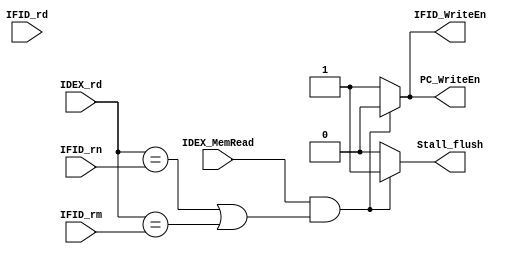
`timescale 1 ns / 1 ps

module HazardDetectionUnit(PC_WriteEn, IFID_WriteEn, Stall_flush, IDEX_MemRead, IDEX_rd, IFID_rn, IFID_rm, IFID_rd);
    output reg PC_WriteEn, IFID_WriteEn, Stall_flush;
    input wire IDEX_MemRead;
    input wire [4:0] IFID_rm, IFID_rn, IFID_rd, IDEX_rd;

    always @(*)
    begin
        if(IDEX_MemRead && ((IDEX_rd == IFID_rn) || (IDEX_rd == IFID_rm)))
        begin
            PC_WriteEn = 1'b0;
            IFID_WriteEn = 1'b0;
            Stall_flush = 1'b1;
        end
        else
        begin
            PC_WriteEn = 1'b1;
            IFID_WriteEn = 1'b1;
            Stall_flush = 1'b0;
        end
    end
endmodule